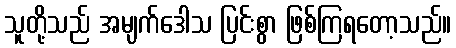
သူတို့သည် အမျက်ဒေါသ ပြင်းစွာ ဖြစ်ကြရတော့သည်။